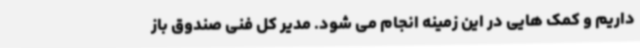
داریم و کمک هایی در این زمینه انجام می شود. مدیر کل فنی صندوق باز